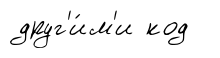
друг'и́м'и код